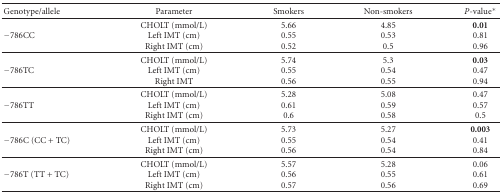
<table><thead><tr><td><b>Genotype/allele</b></td><td><b>Parameter</b></td><td><b>Smokers</b></td><td><b>Non-smokers</b></td><td><b><i>P</i>-value*</b></td></tr></thead><tbody><tr><td>−786CC</td><td>CHOLT (mmol/L)Left IMT (cm) Right IMT (cm)</td><td>5.660.550.52</td><td>4.850.530.5</td><td><b>0.01</b>0.810.96</td></tr><tr><td>−786TC</td><td>CHOLT (mmol/L) Left IMT (cm) Right IMT</td><td>5.740.550.56</td><td>5.30.540.55</td><td><b>0.03</b>0.470.94</td></tr><tr><td>−786TT</td><td>CHOLT (mmol/L) Left IMT (cm) Right IMT (cm)</td><td>5.280.610.6</td><td>5.080.590.58</td><td>0.470.570.5</td></tr><tr><td>−786C (CC + TC)</td><td>CHOLT (mmol/L) Left IMT (cm) Right IMT (cm)</td><td>5.730.550.56</td><td>5.270.540.54</td><td><b>0.003</b>0.410.84</td></tr><tr><td>−786T (TT + TC)</td><td>CHOLT (mmol/L) Left IMT (cm) Right IMT (cm)</td><td>5.570.560.57</td><td>5.280.550.56</td><td>0.060.610.69</td></tr></tbody></table>